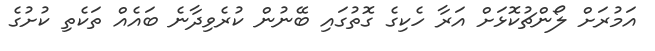
އަމުރަށް ލޯންޗުކޮޅަށް އަރާ ހެކިގެ ގޮތުގައި ބޭނުން ކުރެވިދާނެ ބައެއް ތަކެތި ކުށުގެ